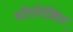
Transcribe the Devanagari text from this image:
प्रतिशिक्षित